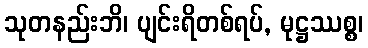
သုတနည်းဘိ၊ ပျင်းရိတစ်ရပ်, မုဋ္ဌဿစ္စ၊